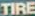
TIRE